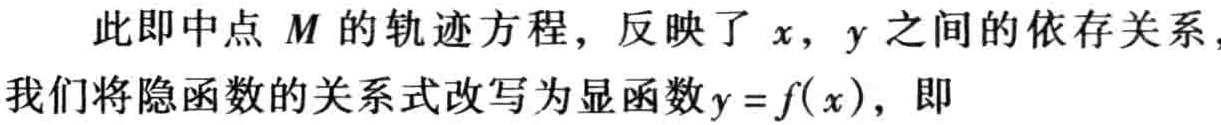
此即中点 \(M\) 的轨迹方程，反映了 \(x\)，\(y\) 之间的依存关系，我们将隐函数的关系式改写为显函数\(y = f(x)\)，即